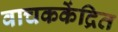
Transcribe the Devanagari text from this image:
वाचककेंद्रित